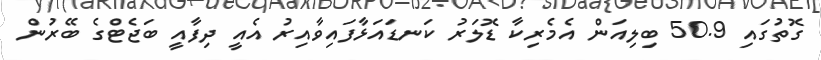
ގޮތުގައި 50.9 ބިލިއަން އެމެރިކާ ޑޮލަރު ކަނޑައަޅާފައިވާއިރު އެއީ ދިފާއީ ބަޖެޓްގެ ބޭރުން